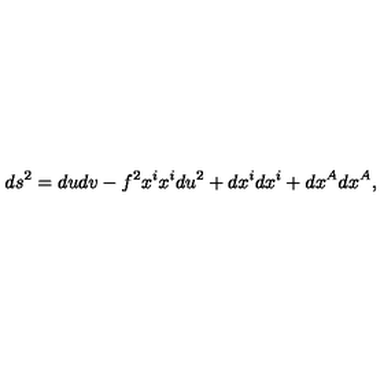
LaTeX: d s ^ { 2 } = d u d v - f ^ { 2 } x ^ { i } x ^ { i } d u ^ { 2 } + d x ^ { i } d x ^ { i } + d x ^ { A } d x ^ { A } ,